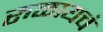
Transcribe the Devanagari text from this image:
रुळायचं